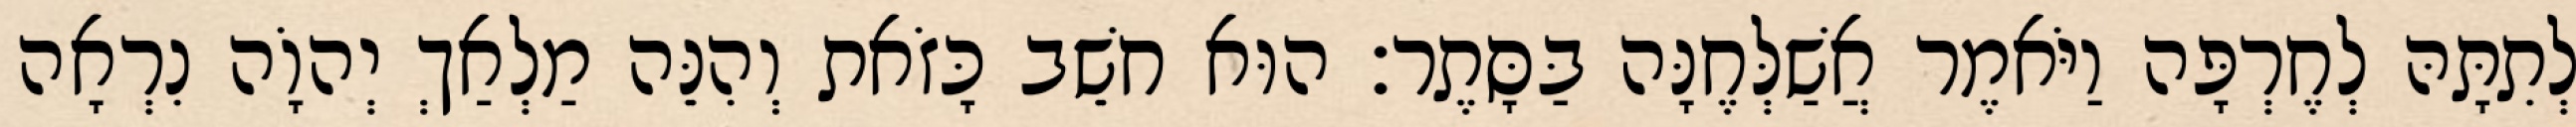
לְתִתָּהּ לְחֶרְפָּה וַיֹּאמֶר אֲשַׁלְּחֶנָּה בַּסָּתֶר׃ הוּא חשֵׁב כָּזֹאת וְהִנֵּה מַלְאַךְ יְהוָֹה נִרְאָה